Report of the Indian Hemp Drugs Commission, 1894-1895 - Volume II
Year: 1894
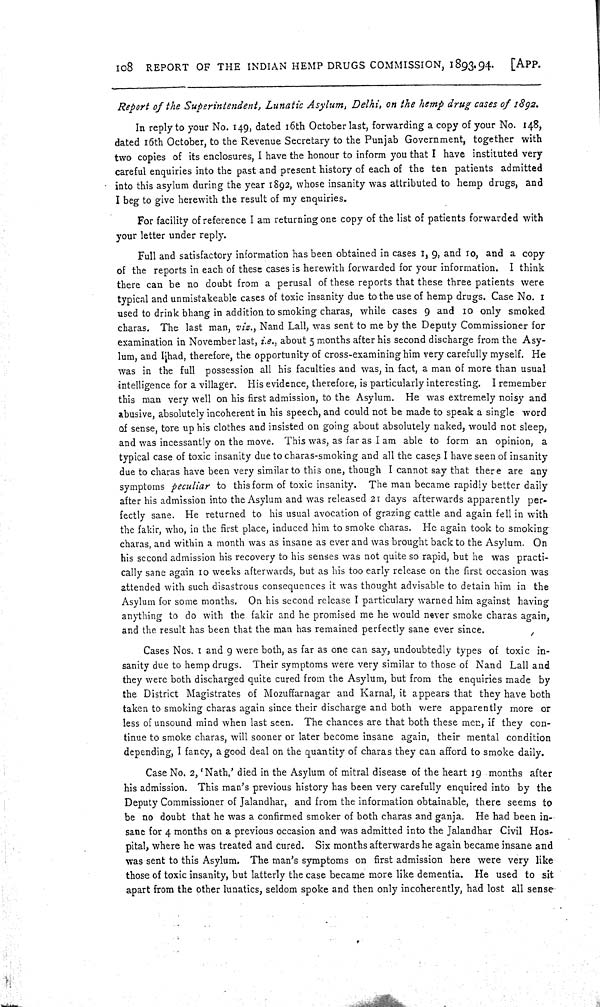
108 REPORT OF THE INDIAN HEMP DRUGS COMMISSION, 1893-94.
[APP.
Report of the Superintendent, Lunatic Asylum, Delhi, on the hemp drug cases of 1892.
In reply to your No. 149, dated 16th October last, forwarding a copy of your No. 148,
dated 16th October, to the Revenue Secretary to the Punjab Government, together with
two copies of its enclosures, I have the honour to inform you that I have instituted very
careful enquiries into the past and present history of each of the ten patients admitted
into this asylum during the year 1892, whose insanity was attributed to hemp drugs, and
I beg to give herewith the result of my enquiries.
For facility of reference I am returning one copy of the list of patients forwarded with
your letter under reply.
Full and satisfactory information has been obtained in cases 1, 9, and 10, and a copy
of the reports in each of these cases is herewith forwarded for your information. I think
there can be no doubt from a perusal of these reports that these three patients were
typical and unmistakeable cases of toxic insanity due to the use of hemp drugs. Case No. 1
used to drink bhang in addition to smoking charas, while cases 9 and 10 only smoked
charas. The last man, viz., Nand Lall, was sent to me by the Deputy Commissioner for
examination in November last, i.e., about 5 months after his second discharge from the Asy-
lum, and I had, therefore, the opportunity of cross-examining him very carefully myself. He
was in the full possession all his faculties and was, in fact, a man of more than usual
intelligence for a villager. His evidence, therefore, is particularly interesting. I remember
this man very well on his first admission, to the Asylum. He was extremely noisy and
abusive, absolutely incoherent in his speech, and could not be made to speak a single word
of sense, tore up his clothes and insisted on going about absolutely naked, would not sleep,
and was incessantly on the move. This was, as far as I am able to form an opinion, a
typical case of toxic insanity due to charas-smoking and all the cases I have seen of insanity
due to charas have been very similar to this one, though I cannot say that there are any
symptoms peculiar to this form of toxic insanity. The man became rapidly better daily
after his admission into the Asylum and was released 21 days afterwards apparently per-
fectly sane. He returned to his usual avocation of grazing cattle and again fell in with
the fakir, who, in the first place, induced him to smoke charas. He again took to smoking
charas, and within a month was as insane as ever and was brought back to the Asylum. On
his second admission his recovery to his senses was not quite so rapid, but he was practi-
cally sane again 10 weeks afterwards, but as his too early release on the first occasion was
attended with such disastrous consequences it was thought advisable to detain him in the
Asylum for some months. On his second release I particulary warned him against having
anything to do with the fakir and he promised me he would never smoke charas again,
and the result has been that the man has remained perfectly sane ever since.
Cases Nos. 1 and 9 were both, as far as one can say, undoubtedly types of toxic in-
sanity due to hemp drugs. Their symptoms were very similar to those of Nand Lall and
they were both discharged quite cured from the Asylum, but from the enquiries made by
the District Magistrates of Mozuffarnagar and Karnal, it appears that they have both
taken to smoking charas again since their discharge and both were apparently more or
less of unsound mind when last seen. The chances are that both these men, if they con-
tinue to smoke charas, will sooner or later become insane again, their mental condition
depending, I fancy, a good deal on the quantity of charas they can afford to smoke daily.
Case No. 2, 'Nath,' died in the Asylum of mitral disease of the heart 19 months after
his admission. This man's previous history has been very carefully enquired into by the
Deputy Commissioner of Jalandhar, and from the information obtainable, there seems to
be no doubt that he was a confirmed smoker of both charas and ganja. He had been in-
sane for 4 months on a previous occasion and was admitted into the Jalandhar Civil Hos-
pital, where he was treated and cured. Six months afterwards he again became insane and
was sent to this Asylum. The man's symptoms on first admission here were very like
those of toxic insanity, but latterly the case became more like dementia. He used to sit
apart from the other lunatics, seldom spoke and then only incoherently, had lost all sense